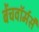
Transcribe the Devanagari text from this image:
बेंचवॉर्मर्स